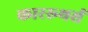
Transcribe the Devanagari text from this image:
काररूथर्स